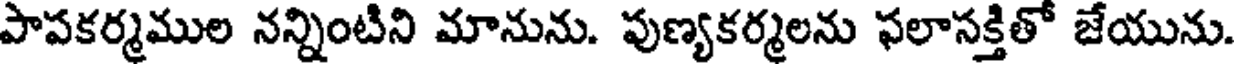
పాపకర్మముల నన్నింటిని మానును. పుణ్యకర్మలను ఫలాసక్తితో జేయును.